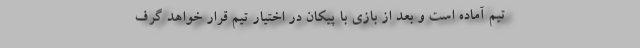
تیم آماده است و بعد از بازی با پیکان در اختیار تیم قرار خواهد گرف